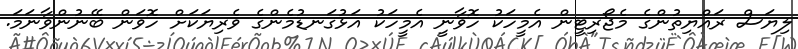
ލިޔަސް ރައްޔިތުންގެ މެޖޯރިޓީން އެމީހަކު ހޮވާނީ އެމީހަކު އަޅުގަނޑުމެންގެ ވެރިޔަކަށް ހޮވަން ބޭނުންވާނަމަ.